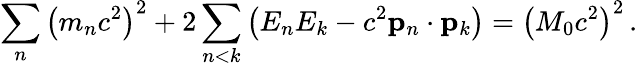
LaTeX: \sum_{n}\left(m_{n}c^{2}\right)^{2}+2\sum_{n<k}\left(E_{n}E_{k}-c^{2}\mathbf{p}_{n}\cdot\mathbf{p}_{k}\right)=\left(M_{0}c^{2}\right)^{2}\, .